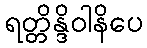
ရတ္တိန္ဒိဝါနိပေ